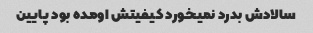
سالادش بدرد نمیخورد کیفیتش اومده بود پایین